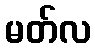
မတ်လ